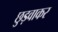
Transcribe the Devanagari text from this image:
छुड़वाकर